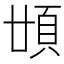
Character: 𩑪